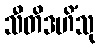
သီတိဒဟိံသု